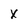
Character: X